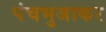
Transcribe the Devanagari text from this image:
पंचभुजाकर